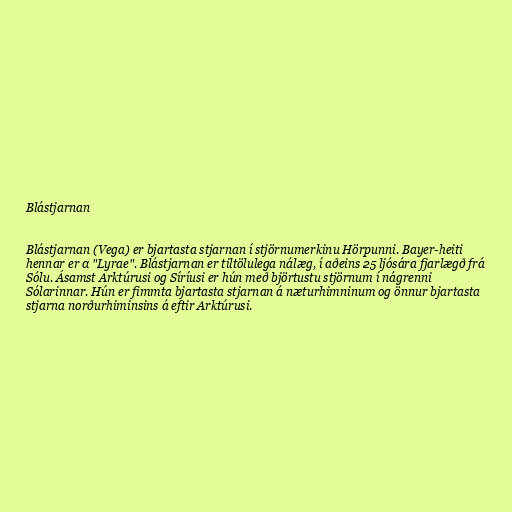
Blástjarnan

Blástjarnan (Vega) er bjartasta stjarnan í stjörnumerkinu Hörpunni. Bayer-heiti
hennar er α "Lyrae". Blástjarnan er tiltölulega nálæg, í aðeins 25 ljósára fjarlægð frá
Sólu. Ásamst Arktúrusi og Síríusi er hún með björtustu stjörnum í nágrenni
Sólarinnar. Hún er fimmta bjartasta stjarnan á næturhimninum og önnur bjartasta
stjarna norðurhiminsins á eftir Arktúrusi.